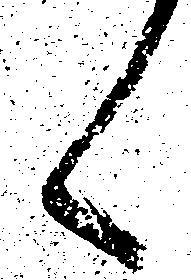
々